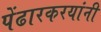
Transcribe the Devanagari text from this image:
पेंढारकरयांनी